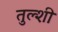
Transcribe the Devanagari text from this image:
तुल्शी